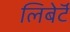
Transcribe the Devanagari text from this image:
लिबेर्टॅ